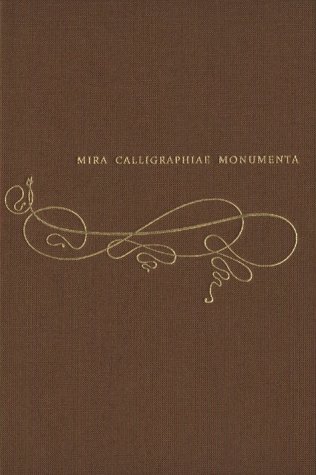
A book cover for Mira calligraphiae monumenta: A Sixteenth-century Calligraphic Manuscript inscribed by Georg Bocskay and Illuminated by Joris Hoefnagel; Lee Hendrix; Arts & Photography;